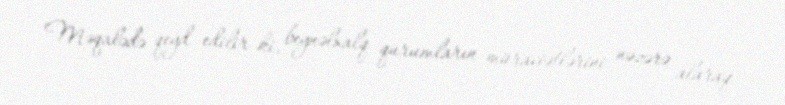
Məqalədə qeyd edilir ki, beynəlxalq qurumların müraciətlərini nəzərə alaraq